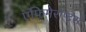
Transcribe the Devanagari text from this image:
एफिमेराप्टरा